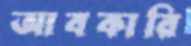
আবকারি